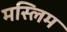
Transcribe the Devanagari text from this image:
मस्लिम